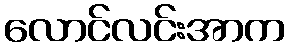
လောင်လင်းအာက